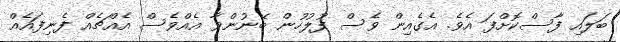
ބަލައި ފާސްކޮށްފަ އެވެ. އެގެއިން ވެސް ފުލުހުން ބޭނުންވާ އެއްވެސް އެއްޗެއް ފެނިފައެއް